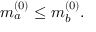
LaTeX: m _ { a } ^ { ( 0 ) } \leq m _ { b } ^ { ( 0 ) } .